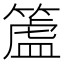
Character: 𥲜